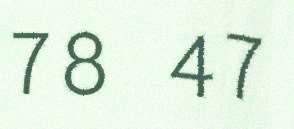
78 47